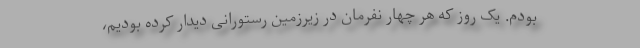
بودم. یک روز که هر چهار نفرمان در زیرزمین رستورانی دیدار کرده بودیم،